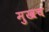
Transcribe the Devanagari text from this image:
मुखच